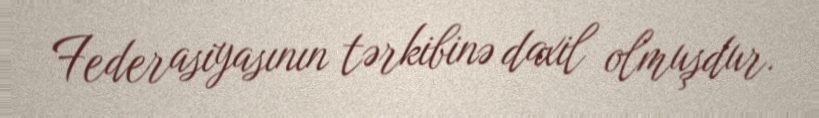
Federasiyasının tərkibinə daxil olmuşdur.